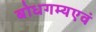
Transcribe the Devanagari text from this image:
बोधगम्यएवं